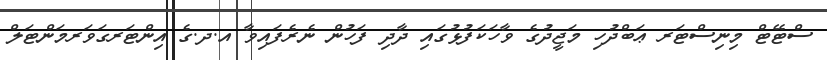
ސްޓޭޓް މިނިސްޓަރ ޢަބްދުހި މަޖީދުގެ ވާހަކަފުޅުގައި ދާދި ފަހުން ނެރެފައިވާ އ.ދ.ގެ އިންޓަރގަވަރމަންޓަލް